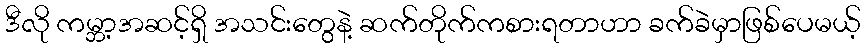
ဒီလို ကမ္ဘာ့အဆင့်ရှိ အသင်းတွေနဲ့ ဆက်တိုက်ကစားရတာဟာ ခက်ခဲမှာဖြစ်ပေမယ့်